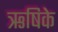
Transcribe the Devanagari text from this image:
ऋषिके